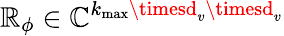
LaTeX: \mathbb{R}_{\phi}\in\mathbb{{C}}^{k_{\operatorname*{max}}\timesd_{v}\timesd_{v}}